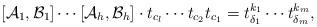
LaTeX: \begin{align*} [\mathcal{A}_1, \mathcal{B}_1]\cdots [\mathcal{A}_h, \mathcal{B}_h]\cdot t_{c_l} \cdots t_{c_2} t_{c_1} = t_{\delta_1}^{k_1} \cdots t_{\delta_m}^{k_m} ,\end{align*}